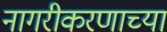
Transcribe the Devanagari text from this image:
नागरीकरणाच्या